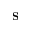
\mathbf { S }